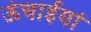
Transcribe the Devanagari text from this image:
ऊंचाईयां